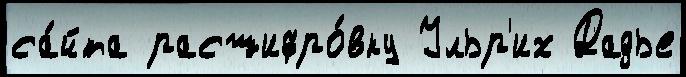
са́йта расшифро́вку Ульр'их Дадье